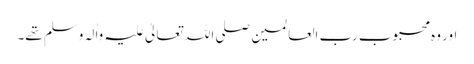
اور وہ محبوب رب العالمین صلی اللہ تعالیٰ علیہ واٰلہ وسلم تھے۔